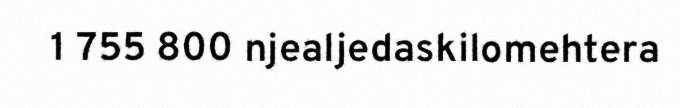
1 755 800 njealjedaskilomehtera